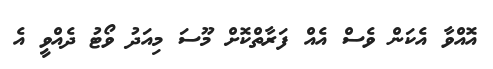
އޮއްވާ އެކަން ވެސް އެއް ފަރާތްކޮށް މޫސަ މިއަދު ވޯޓު ދެއްވީ އެ